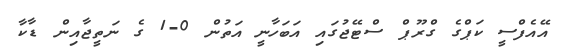
އޭއެފްސީ ކަޕްގެ ގްރޫޕް ސްޓޭޖުގައި އަބަހާނީ އަތުން 0-1 ގެ ނަތީޖާއިން ޑާކާ